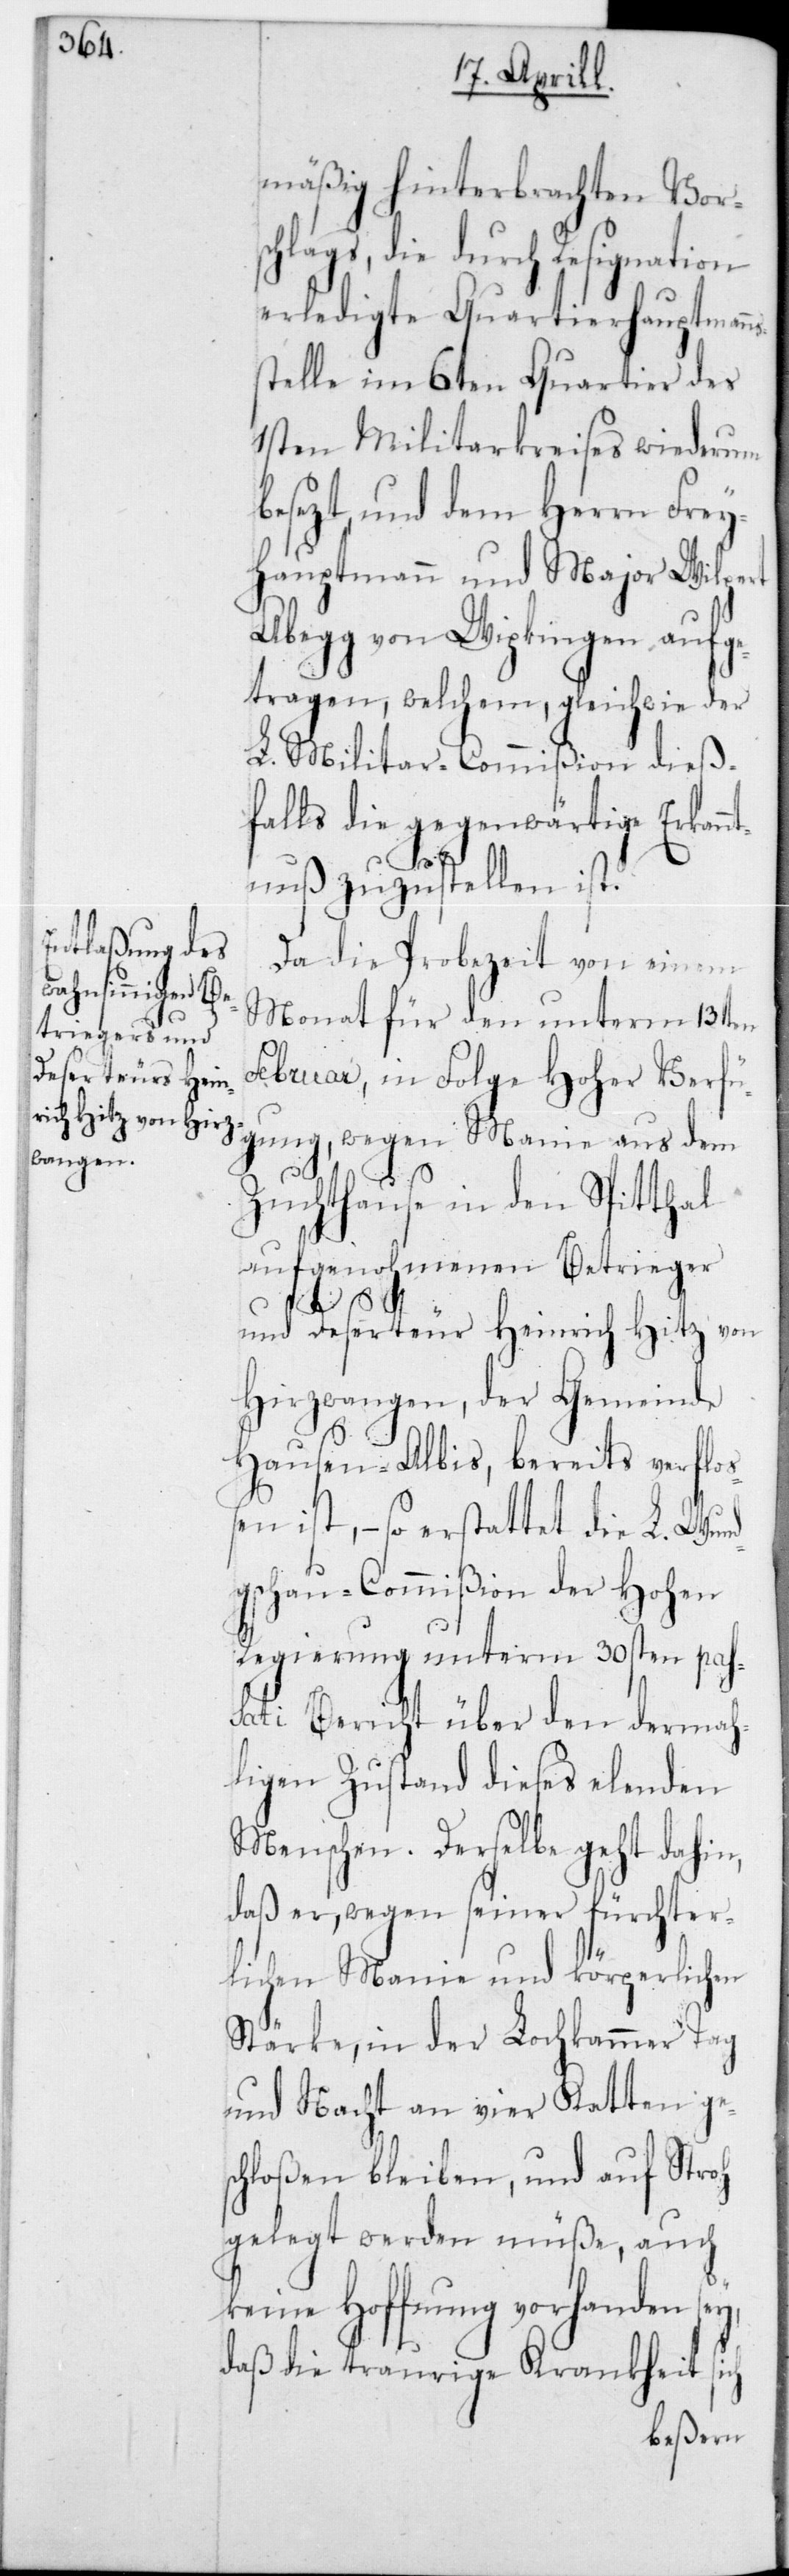
b¬

mäßig hinterbrachten Vor¬
schlags, die durch Resignation
erledigte Quartierhauptman¬
telle im 6ten Quartier des
1sten Militarkreises wiederum
esezt, und dem Herrn Frey¬
hauptmann und Major Wilpert
Abegg von Wipkingen aufg¬
etragen, welchem, gleichwie der
L. Militar-Commißion dieß¬
falls die gegenwärtige Erkan¬
ntnuß zuzustellen ist.
Da die Probezeit von einem
Monat für den unterm 13ten
Februar, in Folge Hoher Verfü¬
gung, wegen Manie aus dem
Zuchthause in den Spitthal
aufgenohmenen Betrieger
und Deserteur Heinrich Hitz von
Hirzwangen, der Gemeinde
Hausen-Albis, bereits verfloß¬
en ist, – so erstattet die L. Wun¬
dgschau-Commißion der Hohen
Regierung unterm 30sten pas¬
sati Bericht über den dermah¬
ligen Zustand dieses elenden
Menschen. Derselbe geht dahin,
daß er, wegen seiner fürchter¬
lichen Manie und körperlichen
Stärke, in der Lochkammer Tag
und Nacht an vier Ketten ge¬
schloßen bleiben, und auf Stroh
gelegt werden müße, auch
keine Hoffnung vorhanden sey,
daß die traurige Krankheit sich